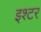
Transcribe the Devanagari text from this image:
इश्टर